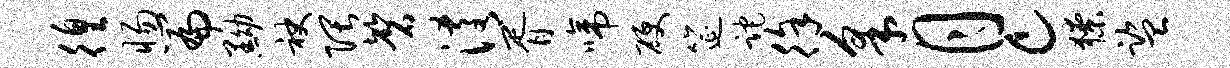
徨惕篇黝袂隈磬淆胥啼硬筵跎徐采月c獠监